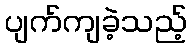
ပျက်ကျခဲ့သည့်